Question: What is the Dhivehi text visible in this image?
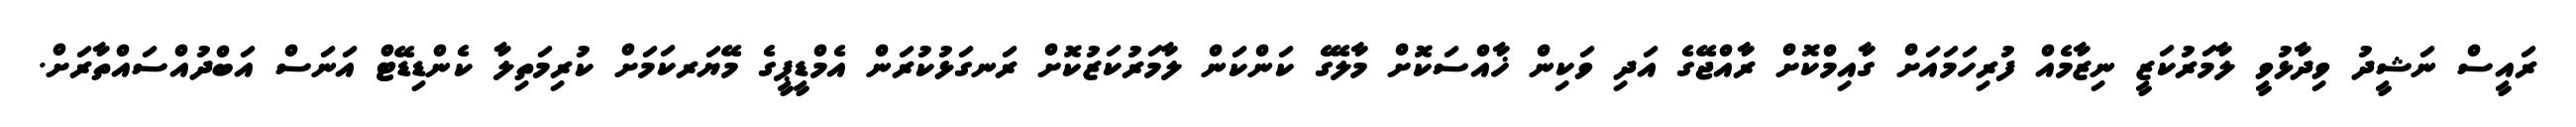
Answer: ރައީސް ނަޝީދު ވިދާޅުވީ ލާމަރުކަޒީ ނިޒާމެއް ފުރިހަމައަށް ގާއިމްކޮށް ރާއްޖޭގެ އަދި ވަކިން ޚާއްސަކޮށް މާލޭގެ ކަންކަން ލާމަރުކަޒުކޮށް ރަނގަޅުކުރަން އެމްޑީޕީގެ މޭޔަރކަމަށް ކުރިމަތިލާ ކެންޑިޑޭޓް އަނަސް އަބްދުއްސައްތާރަށް.